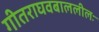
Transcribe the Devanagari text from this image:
गीतराघवबाललीलः